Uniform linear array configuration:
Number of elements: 64
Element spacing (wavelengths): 1
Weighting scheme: blackman
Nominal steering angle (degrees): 0
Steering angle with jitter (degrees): -0.3454
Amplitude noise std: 0.05
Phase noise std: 0.05

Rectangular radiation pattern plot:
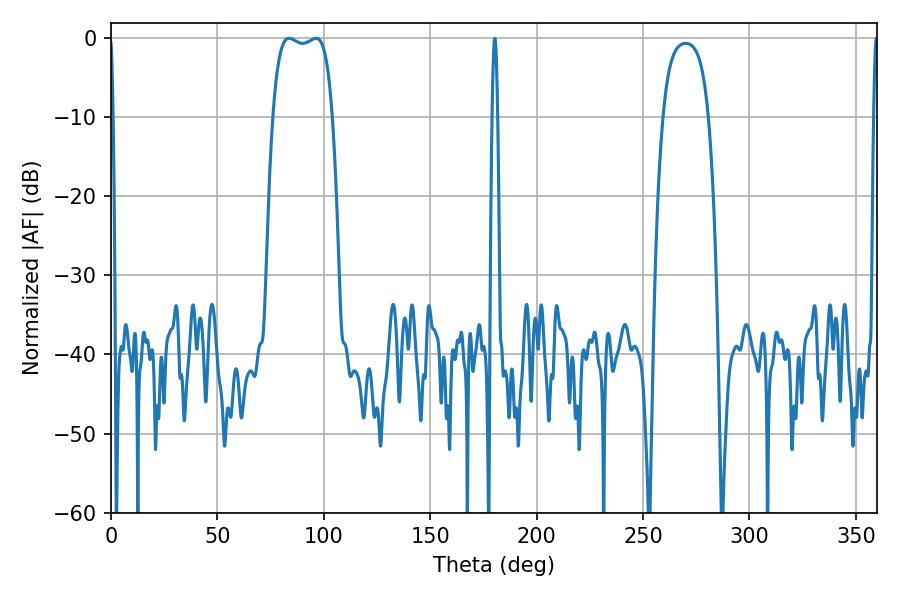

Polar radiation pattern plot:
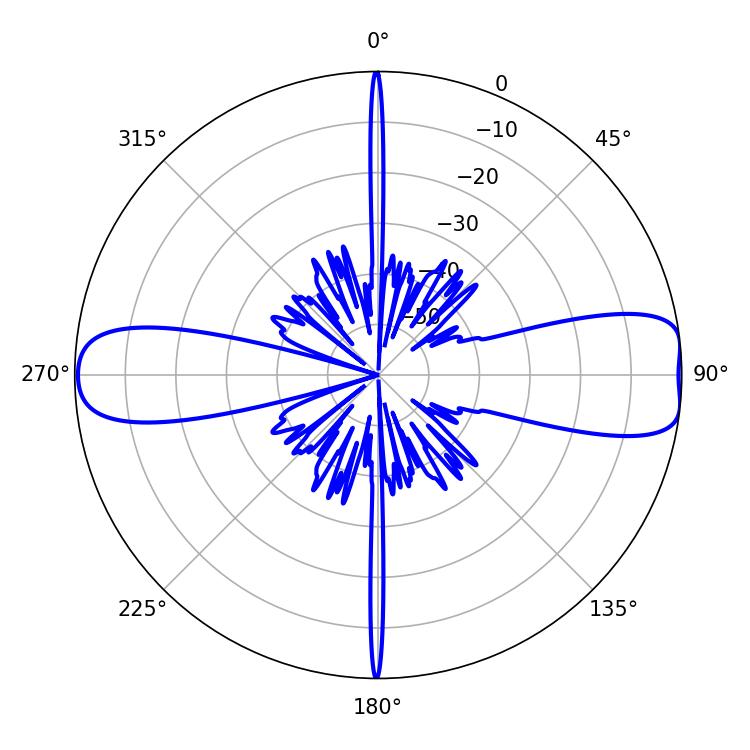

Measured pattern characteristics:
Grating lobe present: TRUE
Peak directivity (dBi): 11.086
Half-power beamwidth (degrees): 22.32
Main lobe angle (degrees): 83.7